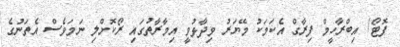
ފޮޓޯ/ އިބްރާހީމް ފިރާގް އެކަމަކު މޭޔަރު ވިދާޅުވީ އިމާރާތުގައި ރޯކޮށްލި ނަމަވެސް އެތަނުގެ